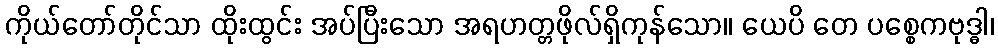
ကိုယ်တော်တိုင်သာ ထိုးထွင်း အပ်ပြီးသော အရဟတ္တဖိုလ်ရှိကုန်သော။ ယေပိ တေ ပစ္စေကဗုဒ္ဓါ၊